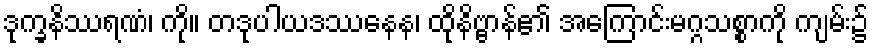
ဒုက္ခနိဿရဏံ၊ ကို။ တဒုပါယဒဿနေန၊ ထိုနိဗ္ဗာန်၏ အကြောင်းမဂ္ဂသစ္စာကို ကျမ်း၌